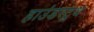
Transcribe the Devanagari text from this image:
हाउंडस्टूथ